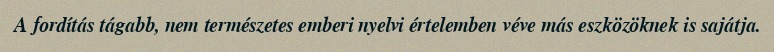
A fordítás tágabb, nem természetes emberi nyelvi értelemben véve más eszközöknek is sajátja.